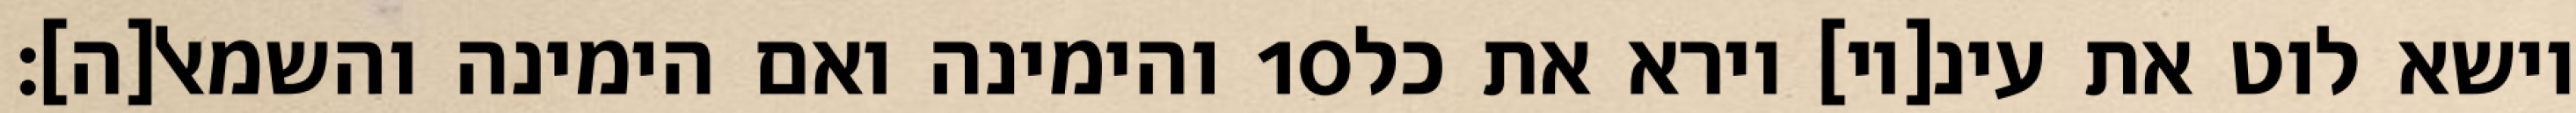
והימינה ואם הימינה והשמאל[ה]׃ ‎10‏ וישא לוט את עינ[יו] וירא את כל